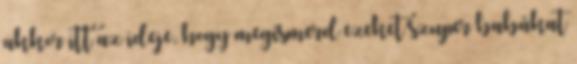
akkor itt az ideje, hogy megismerd ezeket szuper babákat